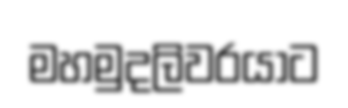
මහමුදලිවරයාට